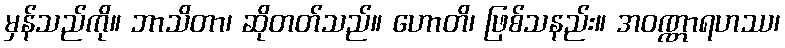
မှန်သည်ကို။ ဘာသိတာ၊ ဆိုတတ်သည်။ ဟောတိ၊ ဖြစ်သနည်း။ အဝဏ္ဏာရဟဿ၊